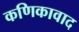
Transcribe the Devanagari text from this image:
कणिकावाद